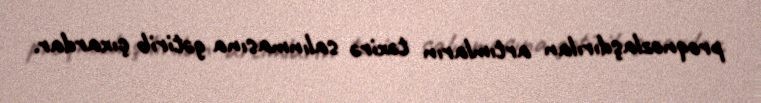
proqnozlaşdırılan artımların təxirə salınmasına gətirib çıxardar.